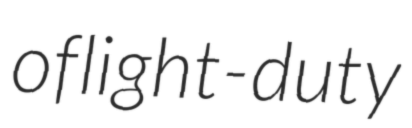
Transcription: of light-duty